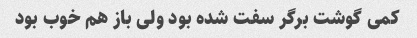
کمی گوشت برگر سفت شده بود ولی باز هم خوب بود